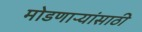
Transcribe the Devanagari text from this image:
मोडणाऱ्यांसाठी